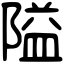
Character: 隘